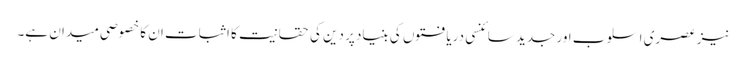
نیز عصری اسلوب اور جدید سائنسی دریافتوں کی بنیاد پر دین کی حقانیت کا اثبات ان کا خصوصی میدان ہے۔